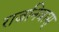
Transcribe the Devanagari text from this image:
राजनिवास्